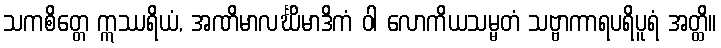
သကစိတ္တေ ဣဿရိယံ, အဏိမာလင်္ဃိမာဒိကံ ဝါ လောကိယသမ္မတံ သဗ္ဗာကာရပရိပူရံ အတ္ထိ။